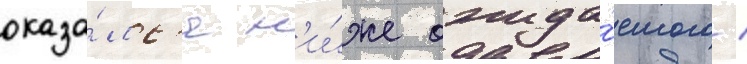
оказа́лс'я н'и́же ожида́емого /